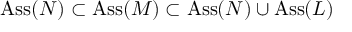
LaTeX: \operatorname { A s s } ( N ) \subset \operatorname { A s s } ( M ) \subset \operatorname { A s s } ( N ) \cup \operatorname { A s s } ( L )